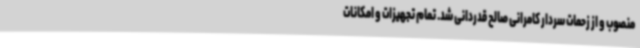
منصوب و از زحمات سردار کامرانی صالح قدردانی شد. تمام تجهیزات و امکانات